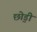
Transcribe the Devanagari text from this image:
छो़ड़ी